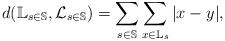
LaTeX: \begin{align*}d(\mathbb{L}_{s\in\mathbb{S}}, {\cal L}_{s\in\mathbb{S}})=\sum_{s\in\mathbb{S}} \sum_{x\in\mathbb{L}_s}{| x - y |},\end{align*}